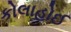
કોલાહોઈ